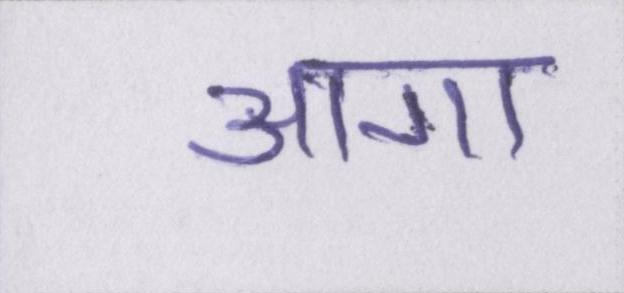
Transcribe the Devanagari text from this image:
आगा